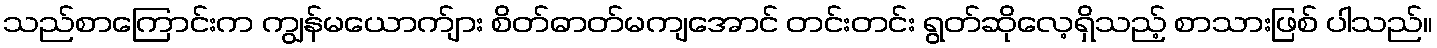
သည်စာကြောင်းက ကျွန်မယောက်ျား စိတ်ဓာတ်မကျအောင် တင်းတင်း ရွတ်ဆိုလေ့ရှိသည့် စာသားဖြစ် ပါသည်။